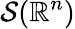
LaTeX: {\mathcal{S}}(\mathbb{R}^{n})